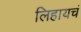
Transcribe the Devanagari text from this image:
लिहायचं